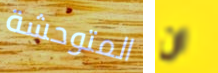
المتوحشة ان